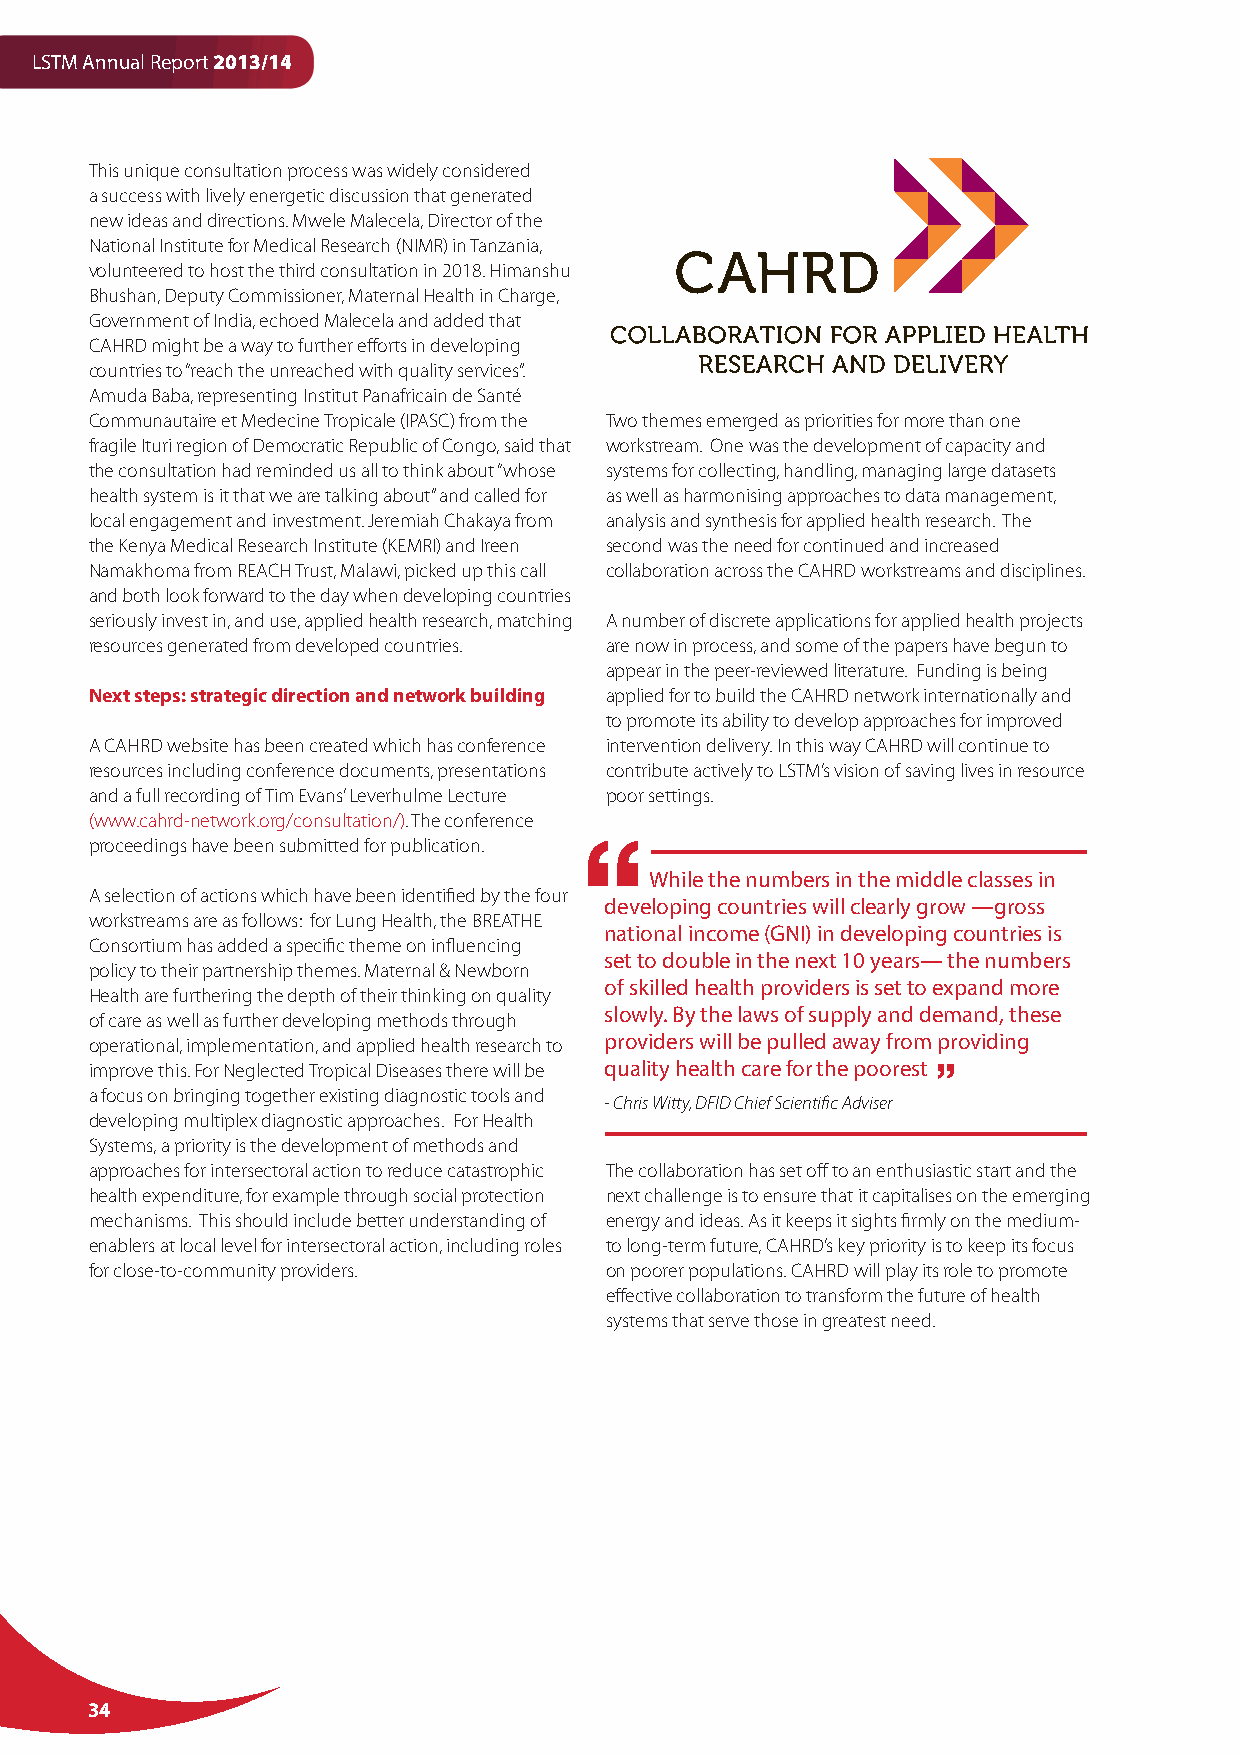
LSTM Annual Report 2013/14
 This unique consultation process was widely considered
 a success with lively energetic discussion that generated
 new ideas and directions. Mwele Malecela, Director of the
 National Institute for Medical Research (NIMR) in Tanzania,
 volunteered to host the third consultation in 2018. Himanshu
 Bhushan, Deputy Commissioner, Maternal Health in Charge,
 Government of India, echoed Malecela and added that
 CAHRD might be a way to further efforts in developing
 countries to “reach the unreached with quality services”.
 Amuda Baba, representing Institut Panafricain de Santé
 Communautaire et Medecine Tropicale (IPASC) from the Two themes emerged as priorities for more than one
 fragile Ituri region of Democratic Republic of Congo, said that workstream. One was the development of capacity and
 the consultation had reminded us all to think about “whose systems for collecting, handling, managing large datasets
 health system is it that we are talking about” and called for as well as harmonising approaches to data management,
 local engagement and investment. Jeremiah Chakaya from analysis and synthesis for applied health research. The
 the Kenya Medical Research Institute (KEMRI) and Ireen second was the need for continued and increased
 Namakhoma from REACH Trust, Malawi, picked up this call collaboration across the CAHRD workstreams and disciplines.
 and both look forward to the day when developing countries
 seriously invest in, and use, applied health research, matching A number of discrete applications for applied health projects
 resources generated from developed countries. are now in process, and some of the papers have begun to
 appear in the peer-reviewed literature. Funding is being
 Next steps: strategic direction and network building applied for to build the CAHRD network internationally and
 to promote its ability to develop approaches for improved
 A CAHRD website has been created which has conference intervention delivery. In this way CAHRD will continue to
 resources including conference documents, presentations contribute actively to LSTM’s vision of saving lives in resource
 and a full recording of Tim Evans’ Leverhulme Lecture poor settings.
 (www.cahrd-network.org/consultation/). The conference
 proceedings have been submitted for publication.
 While the numbers in the middle classes in
 A selection of actions which have been identified by the four
 developing countries will clearly grow —gross
 workstreams are as follows: for Lung Health, the BREATHE
 national income (GNI) in developing countries is
 Consortium has added a specific theme on influencing
 set to double in the next 10 years— the numbers
 policy to their partnership themes. Maternal & Newborn
 of skilled health providers is set to expand more
 Health are furthering the depth of their thinking on quality
 slowly. By the laws of supply and demand, these
 of care as well as further developing methods through
 operational, implementation, and applied health research to providers will be pulled away from providing
 improve this. For Neglected Tropical Diseases there will be quality health care for the poorest
 a focus on bringing together existing diagnostic tools and
 - Chris Witty, DFID Chief Scientific Adviser
 developing multiplex diagnostic approaches. For Health
 Systems, a priority is the development of methods and
 approaches for intersectoral action to reduce catastrophic The collaboration has set off to an enthusiastic start and the
 health expenditure, for example through social protection next challenge is to ensure that it capitalises on the emerging
 mechanisms. This should include better understanding of energy and ideas. As it keeps it sights firmly on the medium-
 enablers at local level for intersectoral action, including roles to long-term future, CAHRD’s key priority is to keep its focus
 for close-to-community providers. on poorer populations. CAHRD will play its role to promote
 effective collaboration to transform the future of health
 systems that serve those in greatest need.
 34